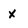
Character: x